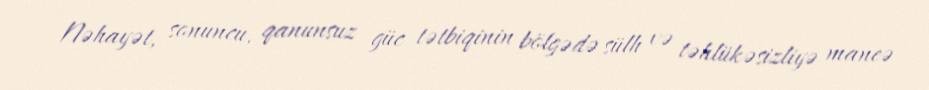
Nəhayət, sonuncu, qanunsuz güc tətbiqinin bölgədə sülh və təhlükəsizliyə maneə